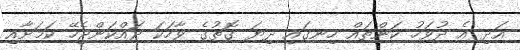
އަދި އެ ދުވަހު ކަންތައް ހިނގައި ދިޔަ ގޮތުގެ ވާހަކަ ދައްކަންޖެހޭ ކަމަށާއި